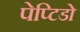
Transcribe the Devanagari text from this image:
पेप्टिडो